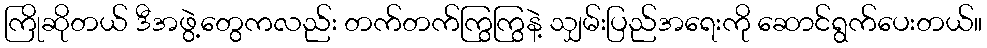
ကြိုဆိုတယ် ဒီအဖွဲ့တွေကလည်း တက်တက်ကြွကြွနဲ့ သျှမ်းပြည်အရေးကို ဆောင်ရွက်ပေးတယ်။